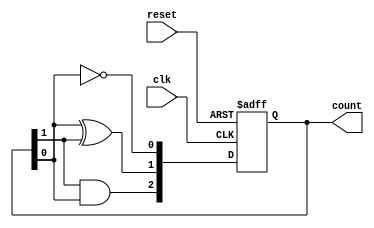
module ripple_counter (
    input wire clk,         // Clock input
    input wire reset,       // Asynchronous active-high reset
    output reg [2:0] count  // 3-bit counter output
);

// Asynchronous reset and counting logic
always @(posedge clk or posedge reset) begin
    if (reset) begin
        count <= 3'b000;  // Reset the counter to 0
    end else begin
        count[0] <= ~count[0];           // Toggle the least significant bit
        count[1] <= count[0] ^ count[1]; // Toggle next bit based on LSB
        count[2] <= count[1] & count[0]; // Toggle MSB based on previous bits
    end
end

endmodule